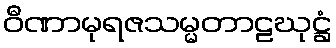
ဝီဏာမုရဇသမ္မတာဠဃုဋ္ဌံ